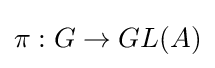
\pi :G\to GL(A)